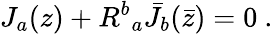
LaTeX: J_{a}(z)+{R^{b}}_{a}{\bar{J}}_{b}(\bar{z})=0~.